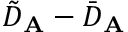
\tilde { D } _ { \mathbf { A } } - \bar { D } _ { \mathbf { A } }